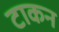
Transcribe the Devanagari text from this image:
टाकन